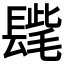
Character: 𨲝